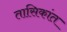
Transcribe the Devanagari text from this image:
तासिकांत